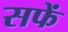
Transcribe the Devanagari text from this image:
सफें